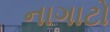
નાગાટો